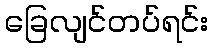
ခြေလျင်တပ်ရင်း